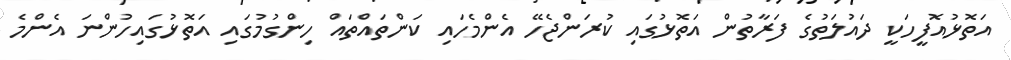
އަތޮޅުއޮފީހަކީ ދައުލަތުގެ ފަރާތުން އަތޮޅުގައި ކުރަންޖެހޭ އެންމެހައި ކަންތައްތައް ހިންގުމުގައި އަތޮޅުގައިހުންނަ އެންމެ